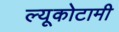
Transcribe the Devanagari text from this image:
ल्यूकोटामी